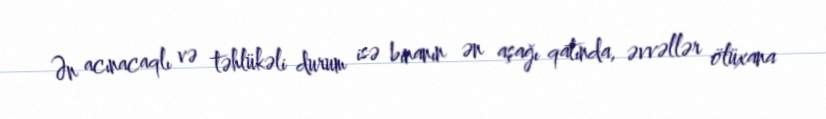
Ən acınacaqlı və təhlükəli durum isə binanın ən aşağı qatında, əvvəllər ölüxana